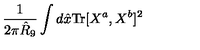
\frac { 1 } { 2 \pi \hat { R } _ { 9 } } \int d \hat { x } \mathrm { T r } [ X ^ { a } , X ^ { b } ] ^ { 2 }